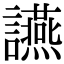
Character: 讌